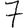
Digit: 7